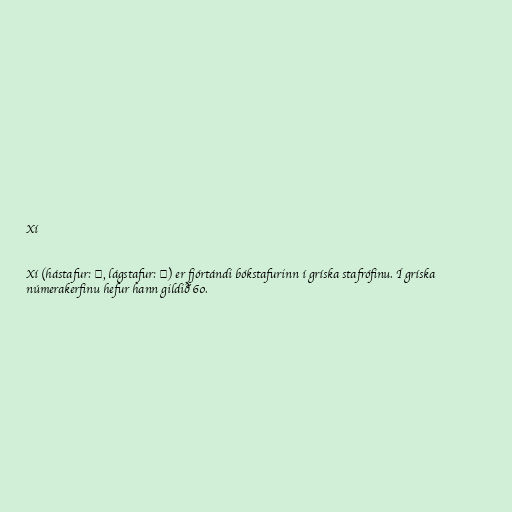
Xí

Xí (hástafur: Ξ, lágstafur: ξ) er fjórtándi bókstafurinn í gríska stafrófinu. Í gríska
númerakerfinu hefur hann gildið 60.